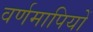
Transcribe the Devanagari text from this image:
वर्णमापियों